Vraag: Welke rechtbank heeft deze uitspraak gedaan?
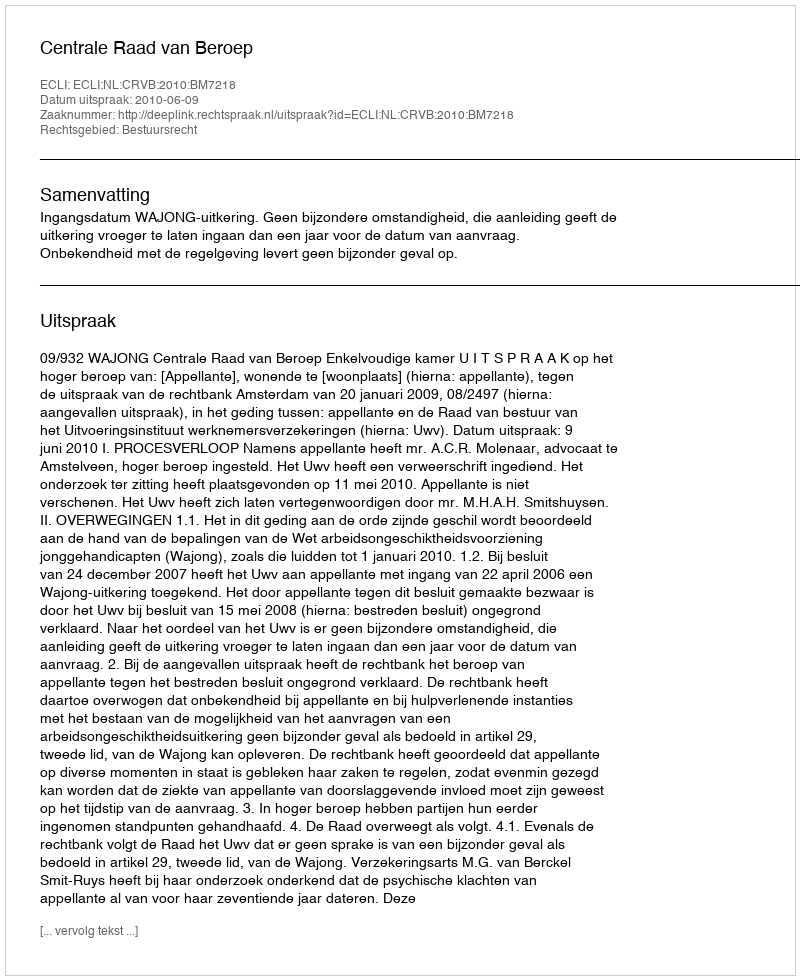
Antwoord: Centrale Raad van Beroep